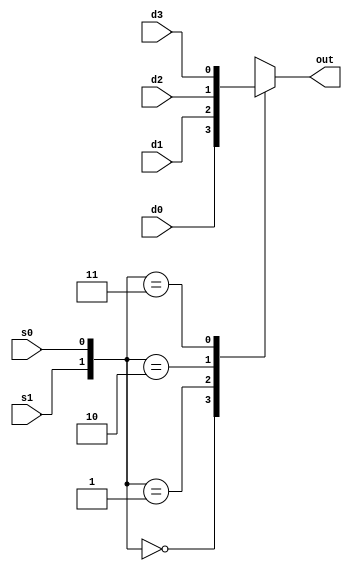
`timescale 1ns / 1ps
//////////////////////////////////////////////////////////////////////////////////
// Company: 
// Engineer: 
// 
// Design Name: 
// Module Name: Four_to_One_Mux
// Project Name: 
// Target Devices: 
// Tool Versions: 
// Description: 
// 
// Dependencies: 
// 
// Revision:
// Revision 0.01 - File Created
// Additional Comments:
// 
//////////////////////////////////////////////////////////////////////////////////


//module Four_to_One_Mux(out, s0, s1, d0, d1, d2, d3);
//input wire s0, s1, d0, d1, d2, d3;
//output reg out;

//// logic desciption
//// using behavorial 
//always@(s0, s1, d0, d1, d2, d3)
//begin
//    if (s1 == 1'b0  && s0 == 1'b0)
//            out = d0;
//    else if (s1 == 1'b0 && s0 == 1'b1)
//            out = d1;
//    else if (s1 == 1'b1 && s0 == 1'b0)
//            out = d2;
//    else if (s1 == 1'b1 && s0 == 1'b1)
//            out = d3;
//    else
//            out = 1'bz;     
//end 

 

//endmodule




module Four_to_One_Mux(out, s0, s1, d0, d1, d2, d3);
input wire s0, s1, d0, d1, d2, d3;
output reg out;

// logic desciption
// using behavorial 
always@(s0, s1, d0, d1, d2, d3)
begin
        case({s1,s0})
        2'b00 : out = d0;
        2'b01 : out = d1;
        2'b10 : out = d2;
        2'b11 : out = d3;
        default: out = 1'bz;
        endcase
end 

endmodule